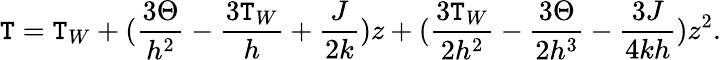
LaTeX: \mathtt{T}=\mathtt{T}_{W}+(\frac{{3\Theta}}{{h^{2}}}-\frac{{3\mathtt{T}_{W}}}{{h}}+\frac{{J}}{{2k}})z+(\frac{{3\mathtt{T}_{W}}}{{2h^{2}}}-\frac{{3\Theta}}{{2h^{3}}}-\frac{{3J}}{{4kh}})z^{2}.